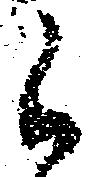
候